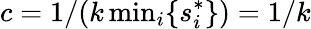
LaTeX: c=1/(k\, \mathrm{min}_{i}\{ s_{i}^{*}\} )=1/k